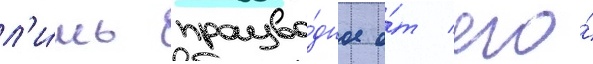
л'и́шь произво́дное о́т его́